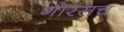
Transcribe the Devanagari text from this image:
गोरसच